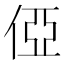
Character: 俹